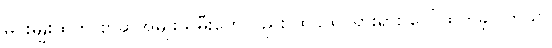
မင်းမျိုးထဲက စာဆိုအမျိုးသမီးတွေလည်း ထင်ထင်ရှားရှား ပေါ်ထွက်ခဲ့ပါတယ်။